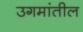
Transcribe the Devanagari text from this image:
उगमांतील